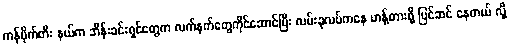
ကန်ပိုက်တီး နယ်က ဘိန်းခင်းရှင်တွေက လက်နက်တွေကိုင်ဆောင်ပြီး လမ်းခုလပ်ကနေ ဟန့်တားဖို့ ပြင်ဆင် နေတယ် လို့